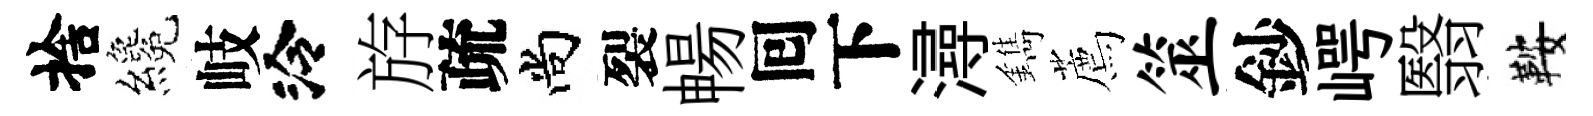
捨纔岐泠斿疏尚裂暢囘下潯鐫薦筮鈔崿翳鞍